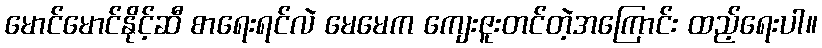
မောင်မောင်နိုင့်ဆီ စာရေးရင်လဲ မေမေက ကျေးဇူးတင်တဲ့အကြောင်း ထည့်ရေးပါ။